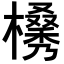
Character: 𣜗